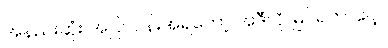
အနည်းဆုံး အပြင်ပန်းအရတော့ အဲဒီလို မြင်ရတာပေါ့။